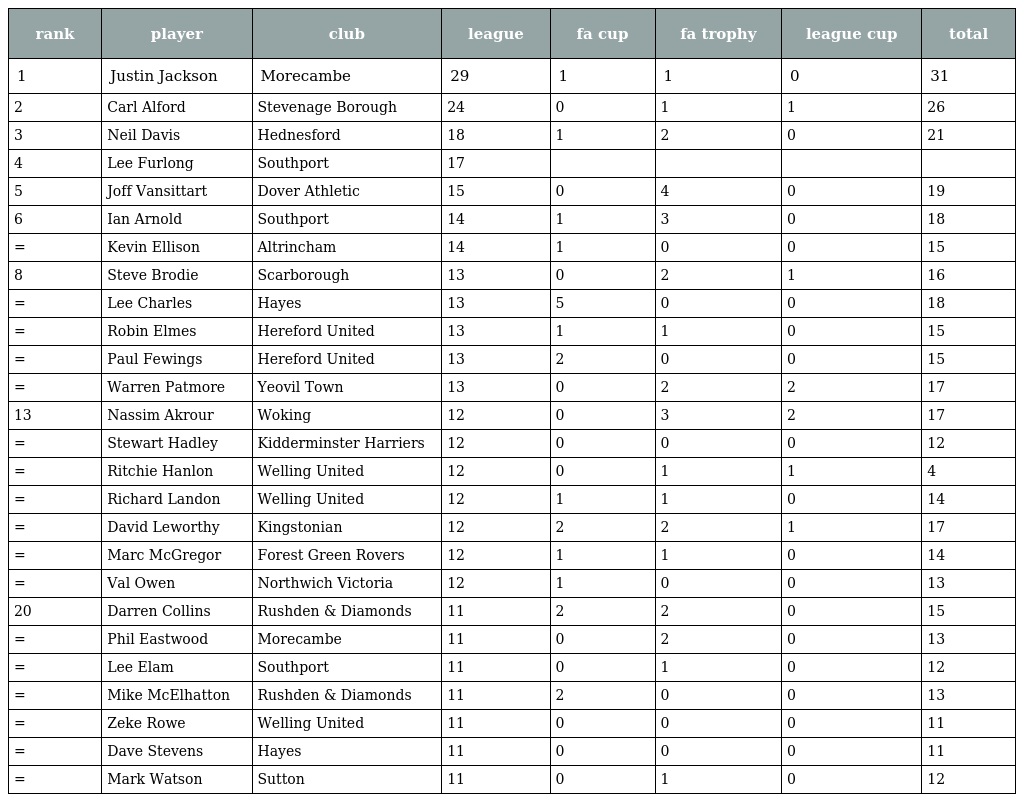
| rank | player | club | league | fa cup | fa trophy | league cup | total |
 | --- | --- | --- | --- | --- | --- | --- | --- |
 | 1 | Justin Jackson | Morecambe | 29 | 1 | 1 | 0 | 31 |
 | 2 | Carl Alford | Stevenage Borough | 24 | 0 | 1 | 1 | 26 |
 | 3 | Neil Davis | Hednesford | 18 | 1 | 2 | 0 | 21 |
 | 4 | Lee Furlong | Southport | 17 |  |  |  |  |
 | 5 | Joff Vansittart | Dover Athletic | 15 | 0 | 4 | 0 | 19 |
 | 6 | Ian Arnold | Southport | 14 | 1 | 3 | 0 | 18 |
 | = | Kevin Ellison | Altrincham | 14 | 1 | 0 | 0 | 15 |
 | 8 | Steve Brodie | Scarborough | 13 | 0 | 2 | 1 | 16 |
 | = | Lee Charles | Hayes | 13 | 5 | 0 | 0 | 18 |
 | = | Robin Elmes | Hereford United | 13 | 1 | 1 | 0 | 15 |
 | = | Paul Fewings | Hereford United | 13 | 2 | 0 | 0 | 15 |
 | = | Warren Patmore | Yeovil Town | 13 | 0 | 2 | 2 | 17 |
 | 13 | Nassim Akrour | Woking | 12 | 0 | 3 | 2 | 17 |
 | = | Stewart Hadley | Kidderminster Harriers | 12 | 0 | 0 | 0 | 12 |
 | = | Ritchie Hanlon | Welling United | 12 | 0 | 1 | 1 | 4 |
 | = | Richard Landon | Welling United | 12 | 1 | 1 | 0 | 14 |
 | = | David Leworthy | Kingstonian | 12 | 2 | 2 | 1 | 17 |
 | = | Marc McGregor | Forest Green Rovers | 12 | 1 | 1 | 0 | 14 |
 | = | Val Owen | Northwich Victoria | 12 | 1 | 0 | 0 | 13 |
 | 20 | Darren Collins | Rushden & Diamonds | 11 | 2 | 2 | 0 | 15 |
 | = | Phil Eastwood | Morecambe | 11 | 0 | 2 | 0 | 13 |
 | = | Lee Elam | Southport | 11 | 0 | 1 | 0 | 12 |
 | = | Mike McElhatton | Rushden & Diamonds | 11 | 2 | 0 | 0 | 13 |
 | = | Zeke Rowe | Welling United | 11 | 0 | 0 | 0 | 11 |
 | = | Dave Stevens | Hayes | 11 | 0 | 0 | 0 | 11 |
 | = | Mark Watson | Sutton | 11 | 0 | 1 | 0 | 12 |